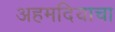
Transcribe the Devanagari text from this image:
अहमदियाचा